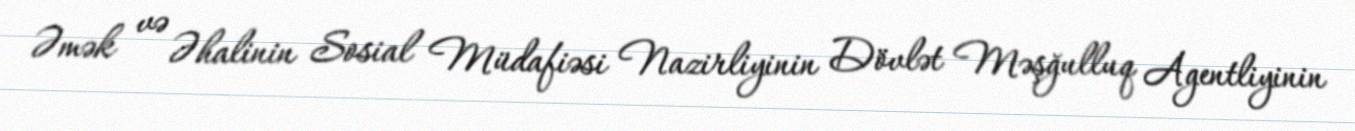
Əmək və Əhalinin Sosial Müdafiəsi Nazirliyinin Dövlət Məşğulluq Agentliyinin